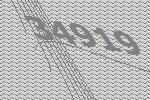
34919